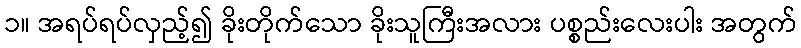
၁။ အရပ်ရပ်လှည့်၍ ခိုးတိုက်သော ခိုးသူကြီးအလား ပစ္စည်းလေးပါး အတွက်